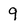
Character: 9